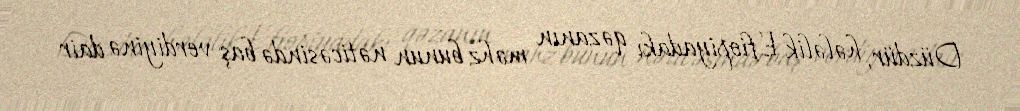
Düzdür, hələlik Efiopiyadakı qəzanın məhz bunun nəticəsində baş verdiyinə dair